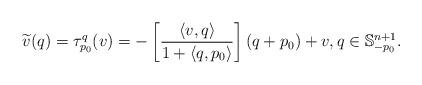
LaTeX: \begin{align*}\widetilde{v}(q) = \tau_{p_0}^q(v) = - \left[ \frac{\langle v, q \rangle}{1 + \langle q, p_0 \rangle} \right] (q + p_0) + v, q \in \mathbb{S}_{-p_0}^{n+1}. \end{align*}